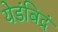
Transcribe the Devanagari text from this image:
येडंबिद्रं